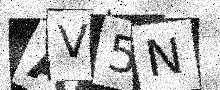
Text: AV5N